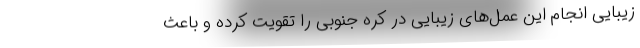
زیبایی انجام این عمل‌های زیبایی در کره جنوبی را تقویت کرده و باعث